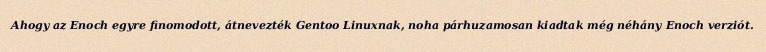
Ahogy az Enoch egyre finomodott, átnevezték Gentoo Linuxnak, noha párhuzamosan kiadtak még néhány Enoch verziót.